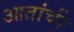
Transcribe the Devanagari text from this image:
आतांची